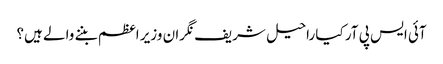
آئی ایس پی آر کیا راحیل شریف نگران وزیر اعظم بننے والے ہیں؟